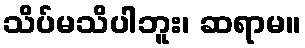
သိပ်မသိပါဘူး၊ ဆရာမ။